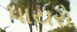
પાયરો